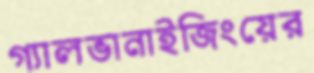
গ্যালভানাইজিংয়ের